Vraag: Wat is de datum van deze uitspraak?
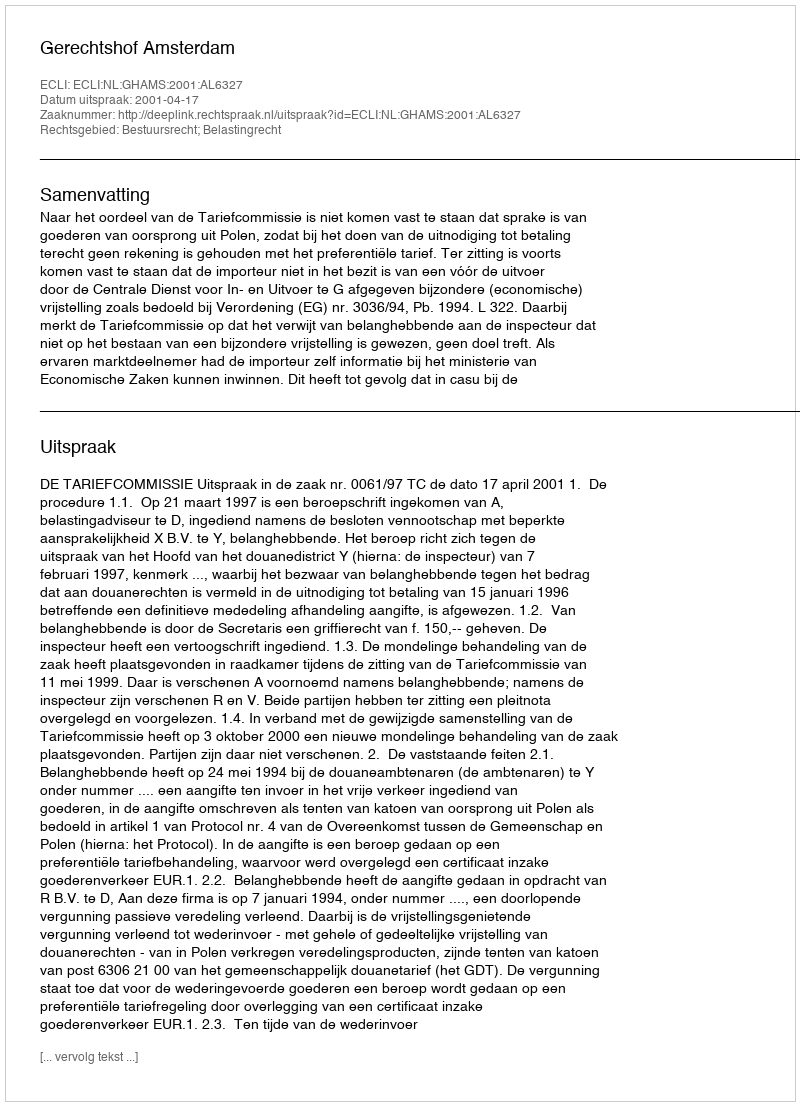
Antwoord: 2001-04-17